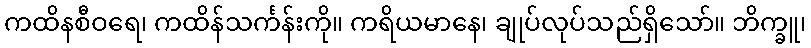
ကထိနစီဝရေ၊ ကထိန်သင်္ကန်းကို။ ကရိယမာနေ၊ ချုပ်လုပ်သည်ရှိသော်။ ဘိက္ခူ၊